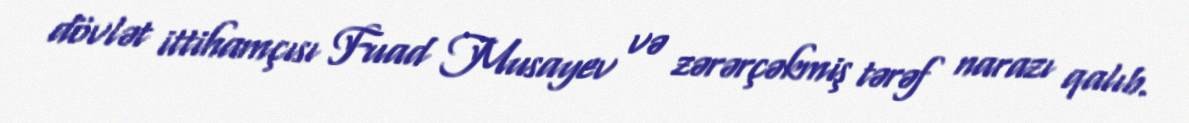
dövlət ittihamçısı Fuad Musayev və zərərçəkmiş tərəf narazı qalıb.